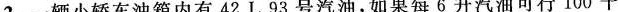
2.一辆小轿车油箱内有42L93号汽油，如果每6升汽油可行100千